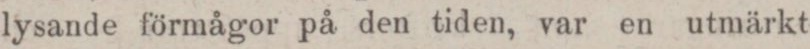
lysande förmågor på den tiden, var en utmärkt